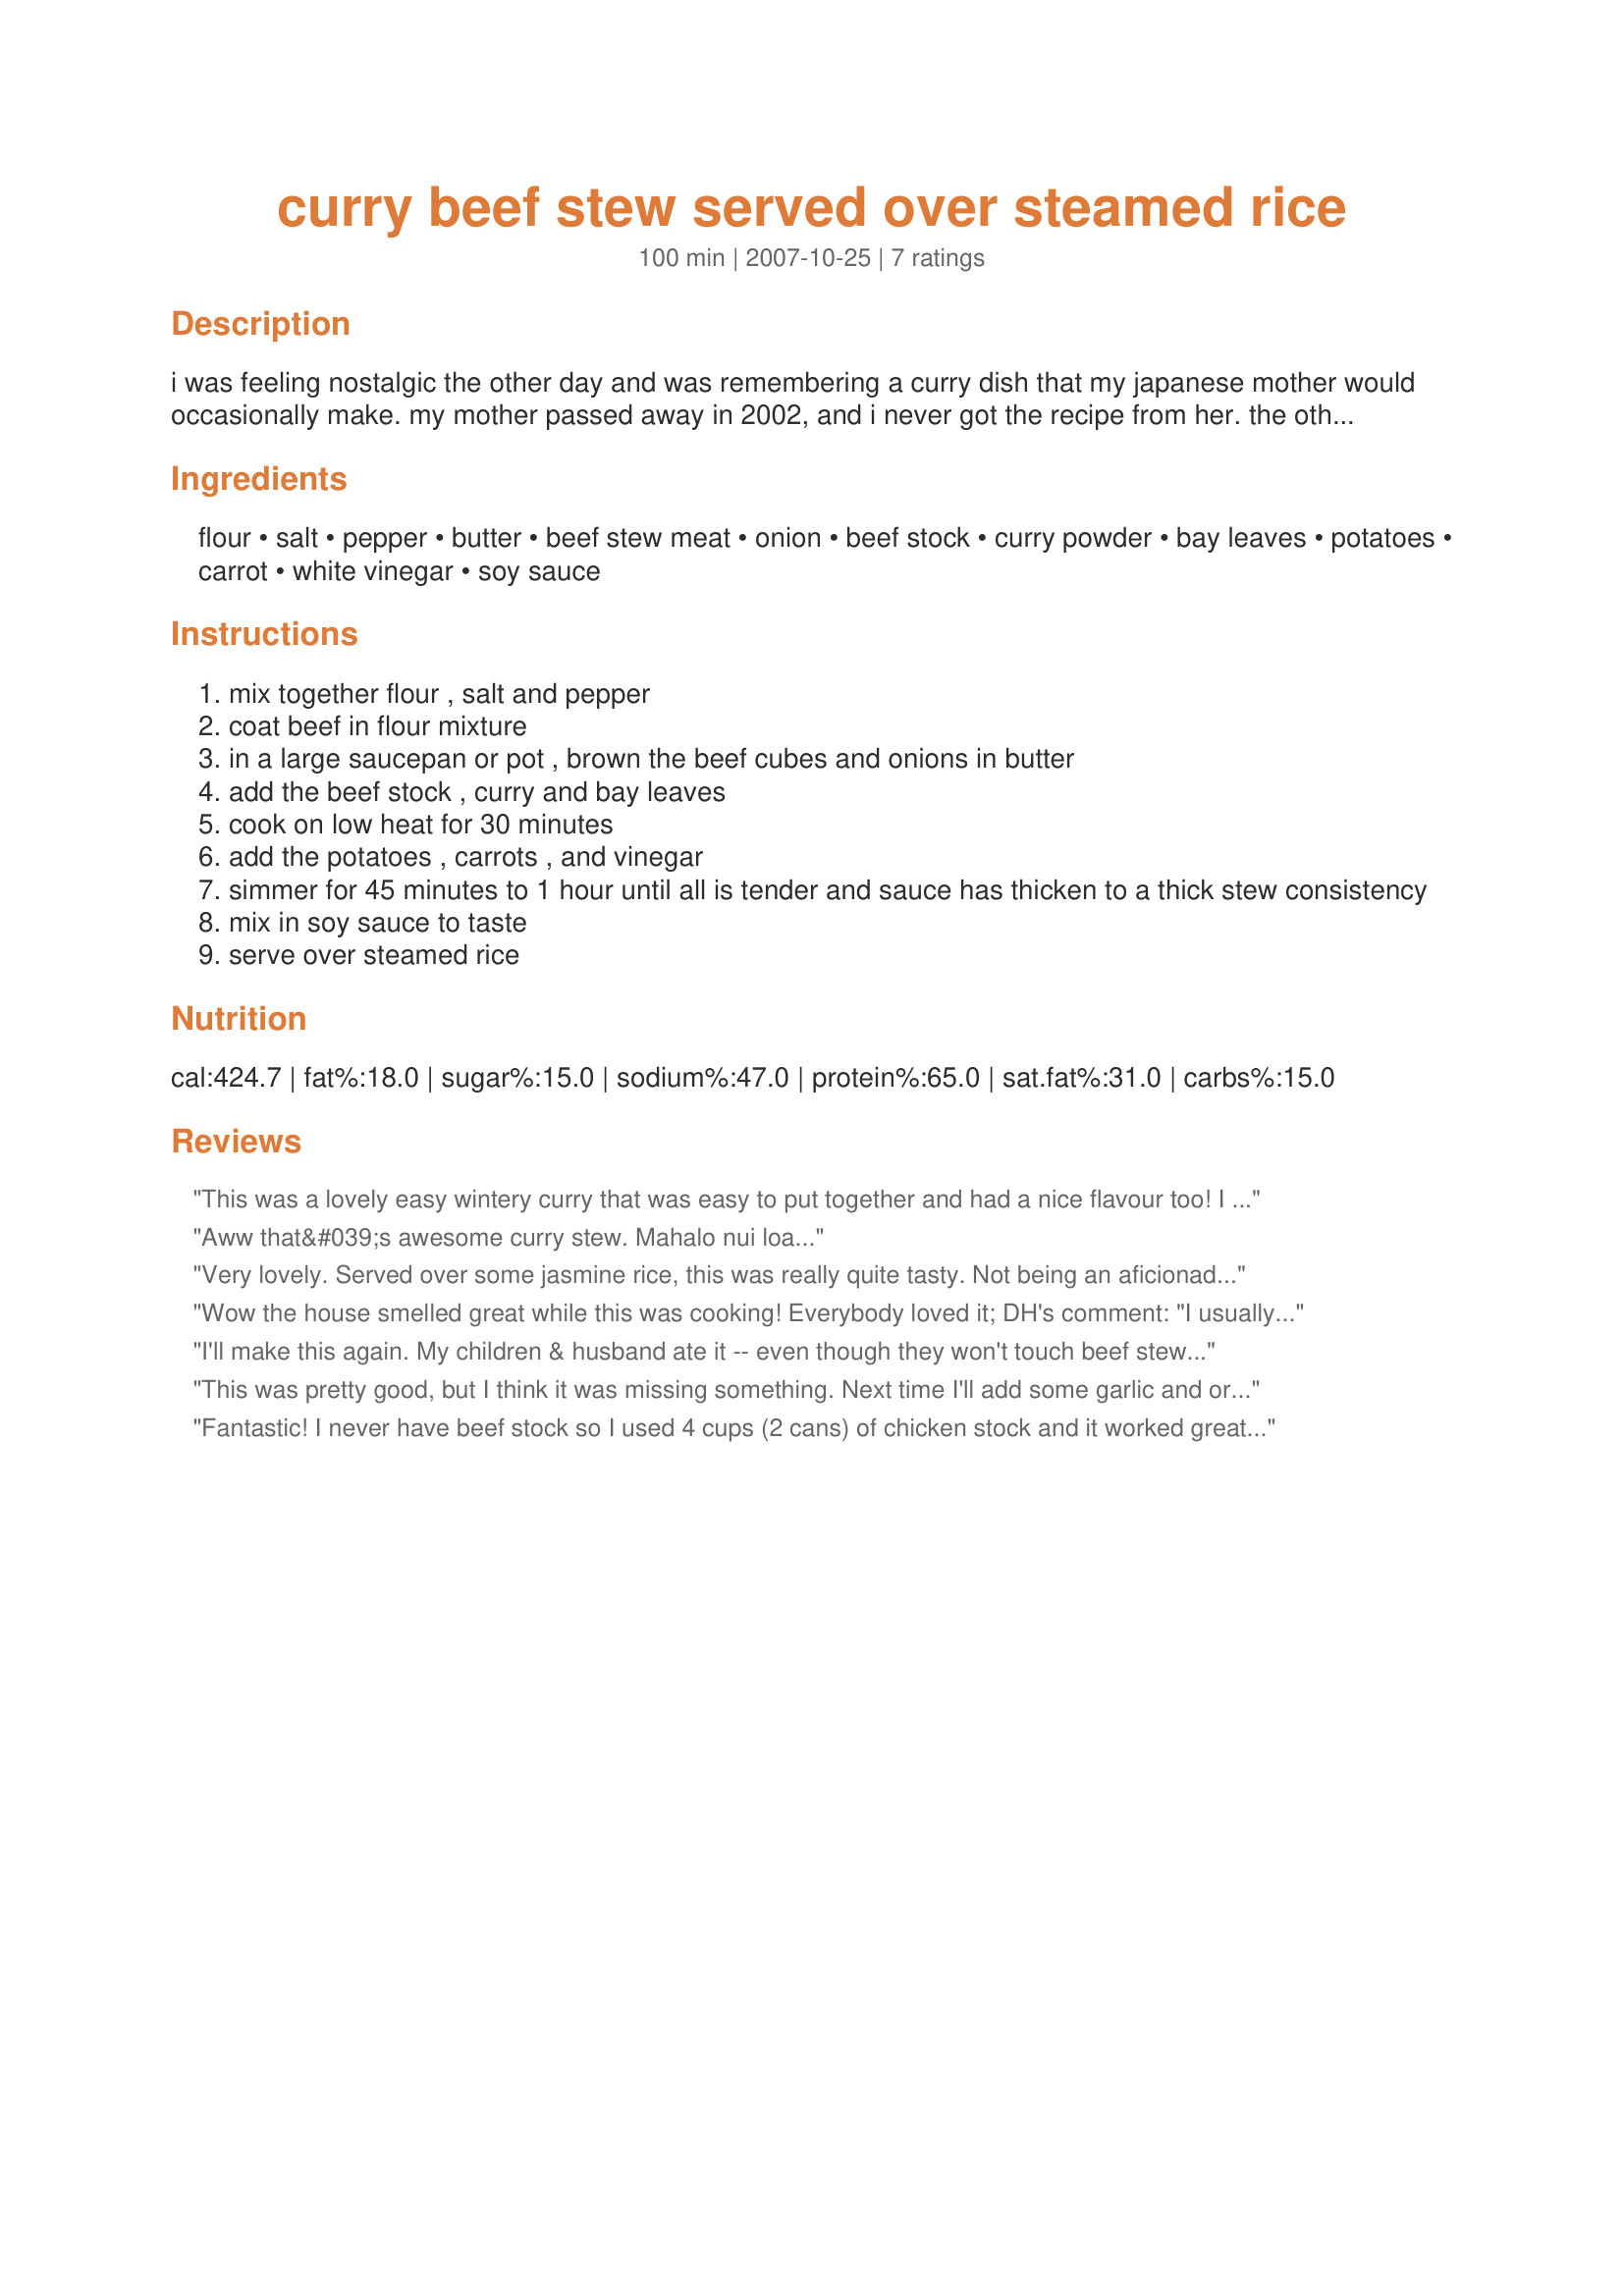
curry beef stew served over steamed rice
Preparation time: 100 minutes

i was feeling nostalgic the other day and was remembering a curry dish that my japanese mother would occasionally make. my mother passed away in 2002, and i never got the recipe from her. the other day i started experimenting, and i finally came up with a dish that is close to the one she would make. this dish is similar to a thick beef stew, but has a wonderful curry flavor. my mother's dish had a greener curry. i think she used to get her curry at the oriental store. i used a curry that i had gotten at my local supermarket. i do want to try this again with a curry from the oriental store. you can use more or less curry to suit your taste. this is cooked slowly to make the meat nice and tender.

Ingredients:
flour, salt, pepper, butter, beef stew meat, onion, beef stock, curry powder, bay leaves, potatoes, carrot, white vinegar, soy sauce

Steps:
mix together flour , salt and pepper
coat beef in flour mixture
in a large saucepan or pot , brown the beef cubes and onions in butter
add the beef stock , curry and bay leaves
cook on low heat for 30 minutes
add the potatoes , carrots , and vinegar
simmer for 45 minutes to 1 hour until all is tender and sauce has thicken to a thick stew consistency
mix in soy sauce to taste
serve over steamed rice

Reviews:
This was a lovely easy wintery curry that was easy to put together and had a nice flavour too! I am looking forward to having leftovers for dinner again tonight! Will make again for sure.
thankyou Crafty Lady 13! :)
Aww that&#039;s awesome curry stew. Mahalo nui loa...
Very lovely. Served over some jasmine rice, this was really quite tasty. Not being an aficionado of curries, I used 2 T. of regular curry powder and 1/2 T. of hot yellow curry powder. It just needed a little extra lift with some salt seasoning (but that's personal taste). Easy to make and definitely tasty. Made for ZWT5.
Wow the house smelled great while this was cooking! Everybody loved it; DH's comment: "I usually don't like beef stews but this is the best I've ever had!" Made for the 1/08 Aussie swap.
I'll make this again. My children & husband ate it -- even though they won't touch beef stew. I used chicken bouillon since I didn't have beef and left out the bay leaves since I didn't have any. After tasting it I decided to add 1 Tbsp. brown sugar (to take the bite out of the curry) and 1/4 c. flour to thicken it a bit.
This was pretty good, but I think it was missing something. Next time I'll add some garlic and organic stock base (sub for beef stock...I have a milk allergy, and believe it or not beef broth contains milk!). And I'll probably also serve it over egg noodles or with mashed potatoes. Not so authentic, but I wasn't a fan of it over rice. Overall very good, the kids all inhaled it. Thanks Crafty!
Fantastic! I never have beef stock so I used 4 cups (2 cans) of chicken stock and it worked great. I doubled the amount of curry powder & used Rice vinegar instead of regular white vinegar. Yummy!
I really like a "sweet" curry, so after the 1st bowl I added some brown sugar. Wow!
